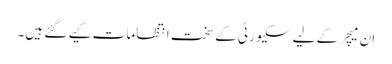
ان میچر کے لیے سکیورٹی کے سخت انتظامات کیے گئے ہیں۔